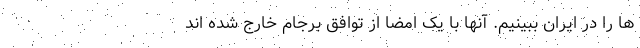
ها را در ایران ببینیم. آنها با یک امضا از توافق برجام خارج شده اند